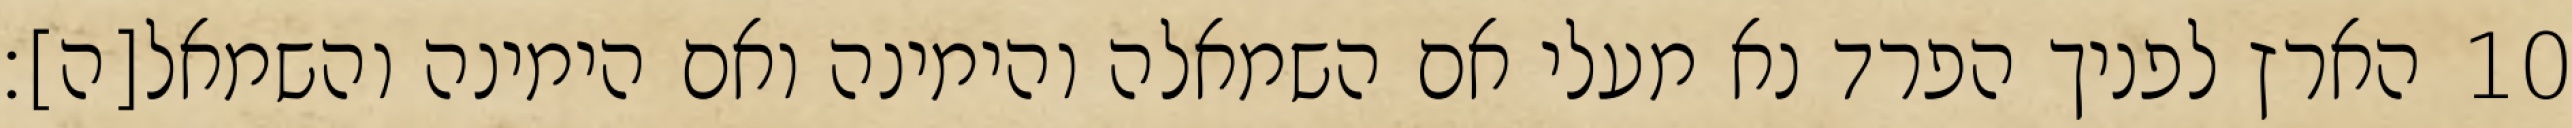
הארץ לפניך הפרד נא מעלי אם השמאלה והימינה ואם הימינה והשמאל[ה]׃ ‎10‏